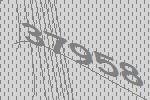
37958